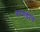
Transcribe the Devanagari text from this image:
बरगडीचे